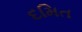
દમિત